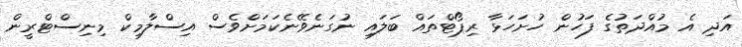
އަދި އެ މުއްދަތުގެ ފަހުން ހުށަހަޅާ ރިޕޯޓްތައް ބަލައި ނުގަނެވޭނެކަމަށްވެސް އިސްލާމިކް މިނިސްޓްރީން